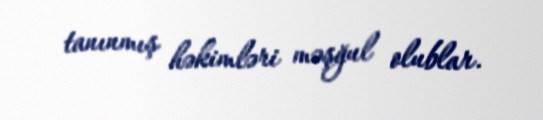
tanınmış həkimləri məşğul olublar.